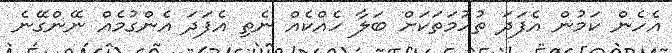
އެހެން ކަމުން އެފަދަ ތުހުމަތަކަށް ބަލާ ހެއްކެއް ނެތި އެފަދަ އެންގުމެއް ނޭންގޭނެ